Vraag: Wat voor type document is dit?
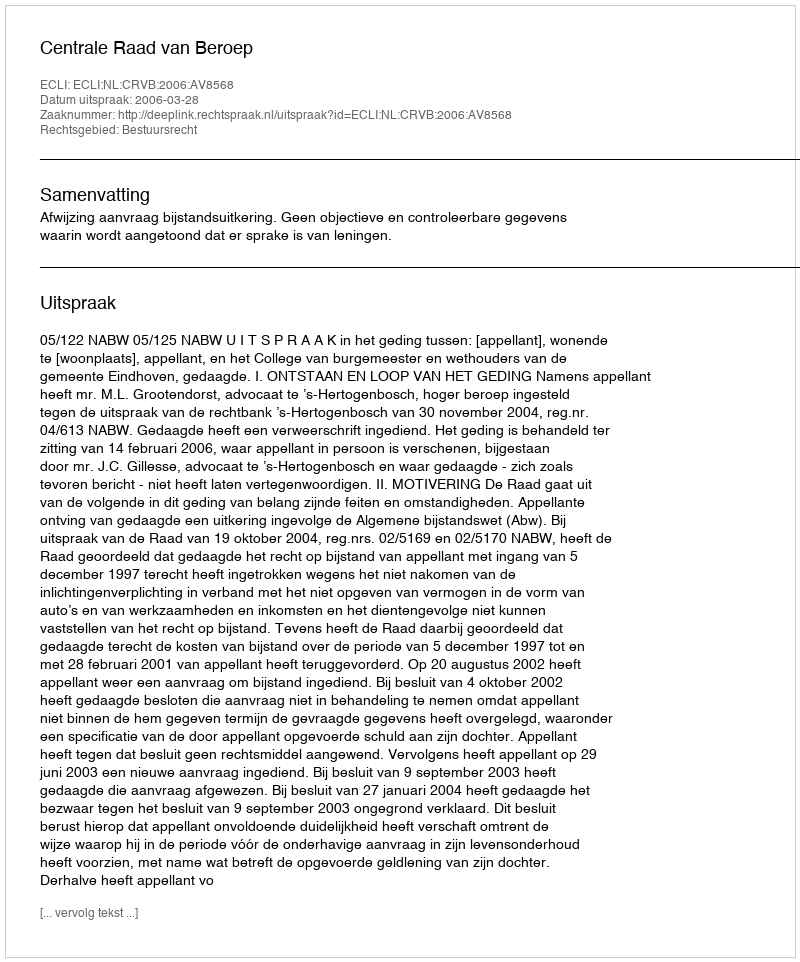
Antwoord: Uitspraak